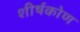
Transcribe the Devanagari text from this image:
शीर्षकोण